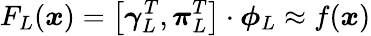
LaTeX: F_{L}(\boldsymbol{x})=\left[\boldsymbol{\gamma}_{L}^{T},\boldsymbol{\pi}_{L}^{T}\right]\cdot\boldsymbol{\phi}_{L}\approx f(\boldsymbol{x})